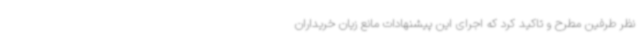
نظر طرفین مطرح و تاکید کرد که اجرای این پیشنهادات مانع زیان خریداران